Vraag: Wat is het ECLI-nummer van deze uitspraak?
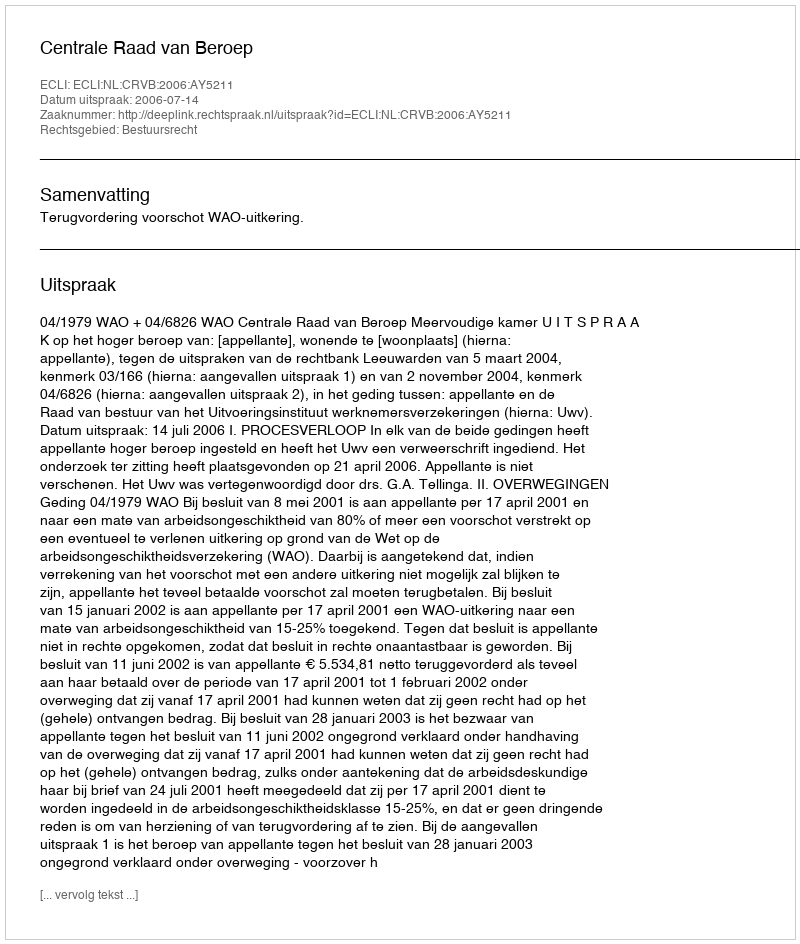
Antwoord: ECLI:NL:CRVB:2006:AY5211